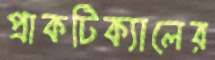
প্রাকটিক্যালের